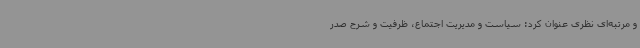
و مرتبه‌ای نظری عنوان کرد: سیاست و مدیریت اجتماع، ظرفیت و شرح صدر